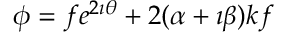
\phi = f e ^ { 2 \imath \theta } + 2 ( \alpha + \imath \beta ) k f